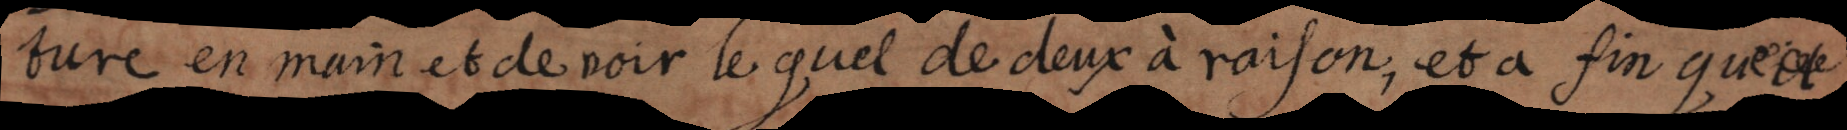
ture en main et de voir le quel de deux a raison et a fin que